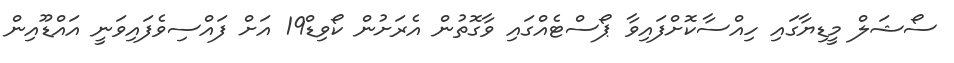
ސޯޝަލް މީޑިޔާގައި ހިއްސާކޮށްފައިވާ ޕޯސްޓެއްގައި ވާގޮތުން އެރަށުން ކޯވިޑް19 އަށް ފައްސިވެފައިވަނީ އައްޑޫއިން